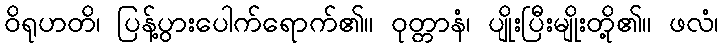
ဝိရုဟတိ၊ ပြန့်ပွားပေါက်ရောက်၏။ ဝုတ္တာနံ၊ ပျိုးပြီးမျိုးတို့၏။ ဖလံ၊